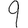
Digit: 9